Indian journal of veterinary science and animal husbandry - Volumes 26-27, 1956-1957
Year: 1956
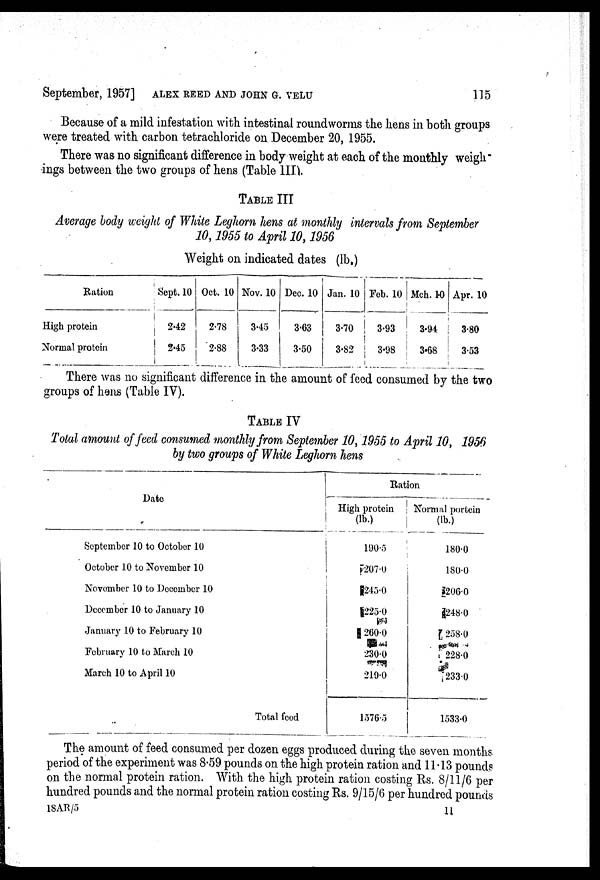
September, 1957]
ALEX
REED
AND
JOHN
G.
VELU
115
Because of a mild infestation with intestinal roundworms the hens in both groups
were treated with carbon tetrachloride on December 20, 1955.
There was no significant difference in body weight at each of the monthly
weighings
TABLE III
Average body weight of White Leghorn hens at monthly intervals from September
10,1955 to April 10, 1956
Weight on indicated dates (lb.)
Ration
High protein
Normal protein
Sept. 10
2.42
2.45
Oct. 10
2.78
2.88
Nov. 10
3.45
3.33
Dec. 10
3.63
3.50
Jan. 10
3.70
3.82
Feb. 10
3.93
3.98
Mch. 1.0
3.94
3.68
Apr. 10
3.80
3.53
There was no significant difference in the amount of feed consumed by the two
groups of hens (Table IV).
TABLE IV
Total amount of feed consumed monthly from September 10, 1955 to April 10, 1956
by two groups of White Leghorn hens
Date
September 10 to October 10
October 10 to November 10
November 10 to December 10
December 10 to January 10
January 10 to February 10
February 10 to March 10
March 10 to April 10
Total feed
Ration
High protein
(lb.)
190.5
207.0
245.0
225.0
260.0
230.0
219.0
1576.5
Normal portein
(lb.)
180.0
180.0
206.0
248.0
258.0
228.0
233.0
1533.0
The amount of feed consumed per dozen eggs produced during the seven months
period of the experiment was 8.59 pounds on the high protein ration and 11.13 pounds
on the normal protein ration. With the high protein ration costing Rs. 8/11/6 per
hundred pounds and the normal protein ration costing Rs. 9/15/6 per hundred pounds
18AR/5
11